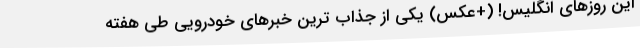
این روزهای انگلیس! (+عکس) یکی از جذاب ترین خبرهای خودرویی طی هفته